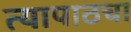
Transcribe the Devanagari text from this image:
त्यापाठचा